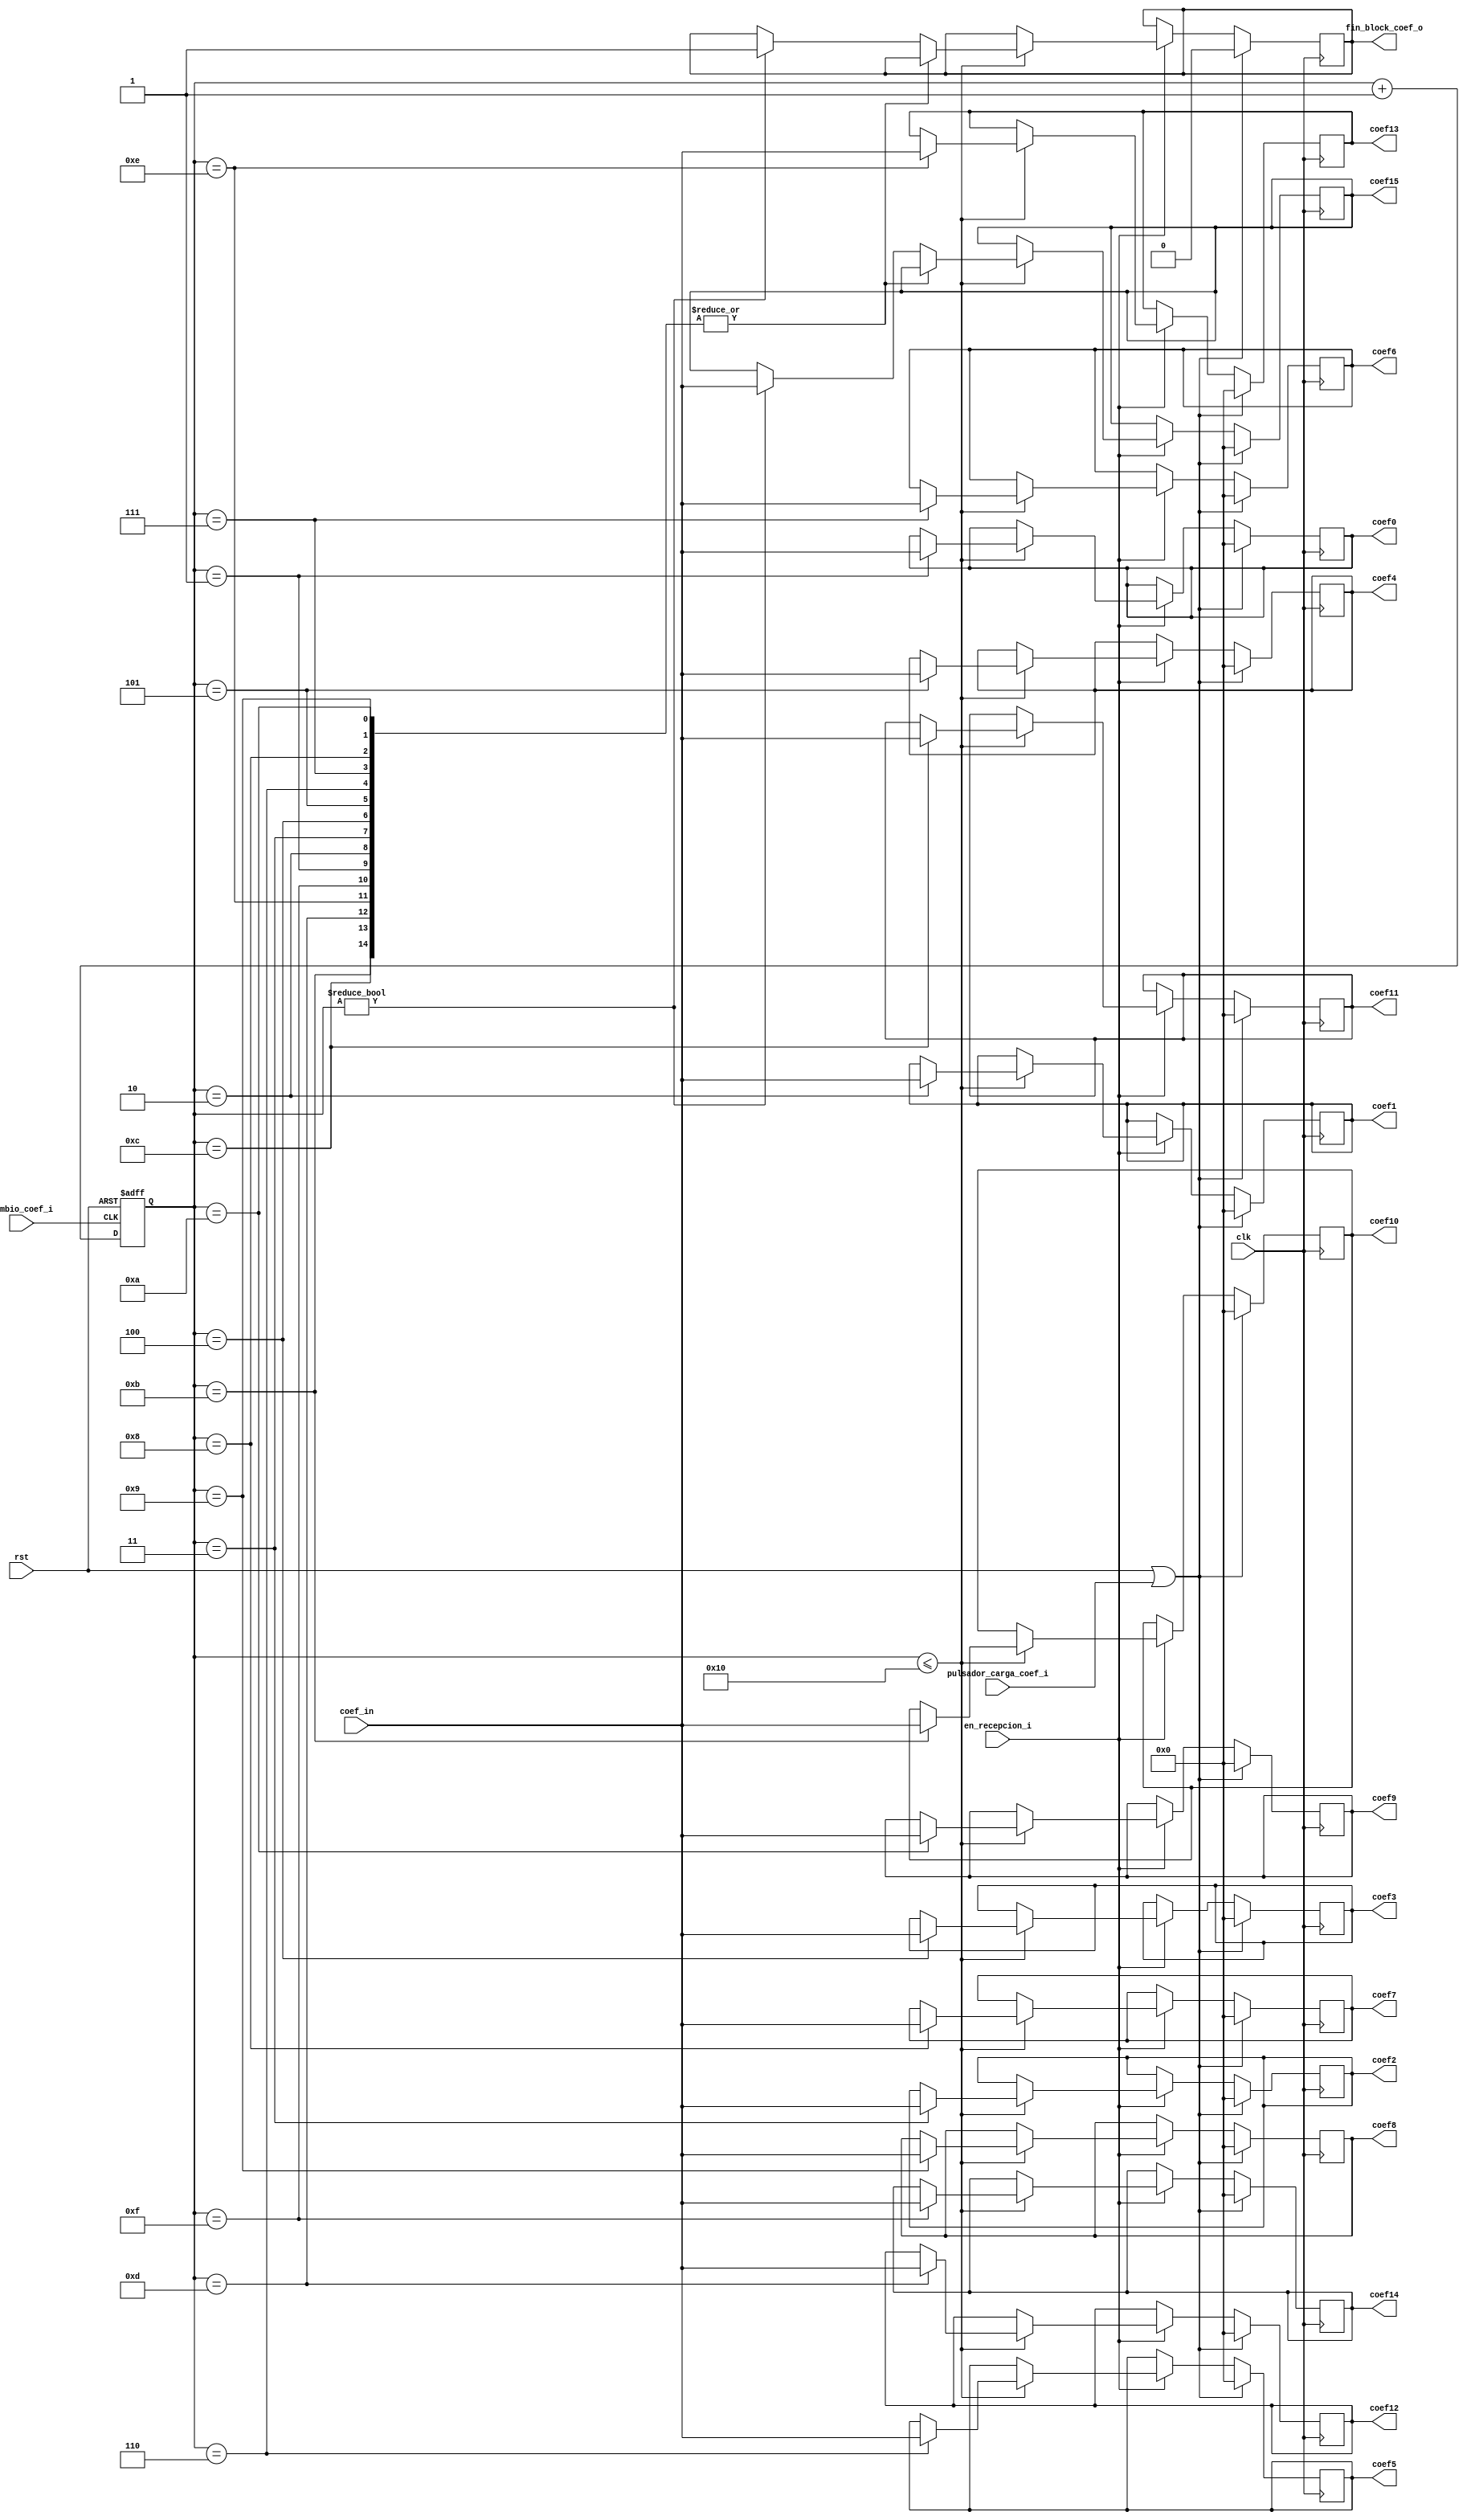
`timescale 1ns / 1ps
module block_coef(
    input [11:0] coef_in,
    input clk,
    input rst,
    input pulsador_carga_coef_i, //Resetea los coeficientes para volver a ser escritos
    input en_recepcion_i,        //Se almacenaran coeficientes siempre y cuando est en 1
    input cambio_coef_i,         //Seal que indica que un nuevo coeficiente va a entrar
    output fin_block_coef_o,     //Se activa cuando todos los coeficientes han sido cargados
    output [11:0] coef0, 
    output [11:0] coef1, 
    output [11:0] coef2, 
    output [11:0] coef3, 
    output [11:0] coef4, 
    output [11:0] coef5, 
    output [11:0] coef6, 
    output [11:0] coef7, 
    output [11:0] coef8, 
    output [11:0] coef9, 
    output [11:0] coef10, 
    output [11:0] coef11, 
    output [11:0] coef12, 
    output [11:0] coef13, 
    output [11:0] coef14, 
    output [11:0] coef15
    );
    
    reg [5:0] count;
    reg fin_block_coef;
    assign  fin_block_coef_o = fin_block_coef;
    
    reg [11:0] coef0_aux;  assign coef0 = coef0_aux;
    reg [11:0] coef1_aux;  assign coef1 = coef1_aux;
    reg [11:0] coef2_aux;  assign coef2 = coef2_aux;
    reg [11:0] coef3_aux;  assign coef3 = coef3_aux;
    reg [11:0] coef4_aux;  assign coef4 = coef4_aux;
    reg [11:0] coef5_aux;  assign coef5 = coef5_aux;
    reg [11:0] coef6_aux;  assign coef6 = coef6_aux;
    reg [11:0] coef7_aux;  assign coef7 = coef7_aux;
    reg [11:0] coef8_aux;  assign coef8 = coef8_aux;
    reg [11:0] coef9_aux;  assign coef9 = coef9_aux;
    reg [11:0] coef10_aux; assign coef10 = coef10_aux;
    reg [11:0] coef11_aux; assign coef11 = coef11_aux;
    reg [11:0] coef12_aux; assign coef12 = coef12_aux;
    reg [11:0] coef13_aux; assign coef13 = coef13_aux;
    reg [11:0] coef14_aux; assign coef14 = coef14_aux;
    reg [11:0] coef15_aux; assign coef15 = coef15_aux;
    
    always @(posedge clk)begin
        if (rst || pulsador_carga_coef_i) begin
            fin_block_coef = 0;
            coef0_aux = 0 ;
            coef1_aux = 0 ;
            coef2_aux = 0 ;
            coef3_aux = 0 ;
            coef4_aux = 0 ;
            coef5_aux = 0 ;
            coef6_aux = 0 ;
            coef7_aux = 0 ;
            coef8_aux = 0 ;
            coef9_aux = 0 ;
            coef10_aux = 0 ;
            coef11_aux = 0 ;
            coef12_aux = 0 ;
            coef13_aux = 0 ;
            coef14_aux = 0 ;
            coef15_aux = 0 ;
        end else begin
            if (en_recepcion_i) begin
                if (count<=16) begin
                    case (count)
                    1 : coef0_aux=coef_in;
                    2 : coef1_aux=coef_in;
                    3 : coef2_aux=coef_in;
                    4 : coef3_aux=coef_in;
                    5 : coef4_aux=coef_in;
                    6 : coef5_aux=coef_in;
                    7 : coef6_aux=coef_in;
                    8 : coef7_aux=coef_in;
                    9 : coef8_aux=coef_in;
                    10 : coef9_aux=coef_in;
                    11 : coef10_aux=coef_in;
                    12 : coef11_aux=coef_in;
                    13 : coef12_aux=coef_in;
                    14 : coef13_aux=coef_in;
                    15 : coef14_aux=coef_in;
                    default : begin if(count!=0)begin
                                         coef15_aux = coef_in;
                                         fin_block_coef = 1;
                                    end   
                              end                
                    endcase   
                end                                           
            end             
        end     
    end
    
    always@(posedge cambio_coef_i, posedge rst)begin
        if(rst) count = 0;
        else count = count+1;        
    end
    
endmodule